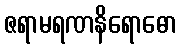
ဇရာမရဏနိရောဓော